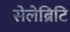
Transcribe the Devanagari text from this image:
सेलेब्रिटि